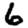
Digit: 6